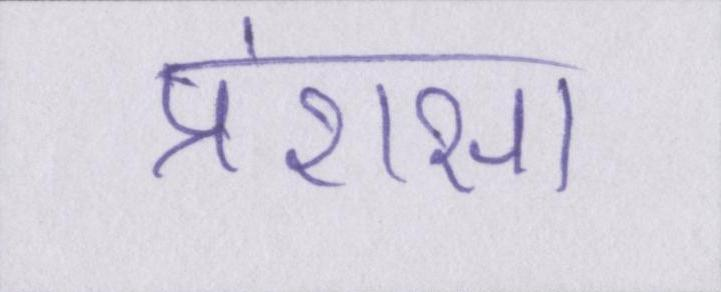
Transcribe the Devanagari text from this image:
प्रंशसा